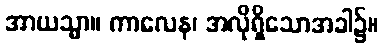
အာယသ္မာ။ ကာလေန၊ အလိုရှိသောအခါ၌။